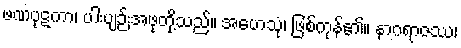
ဖဏပုဋကာ၊ ပါးပျဉ်းအဖုတို့သည်။ အဟေသုံ၊ ဖြစ်ကုန်၏။ နာဂရာဇဿ၊